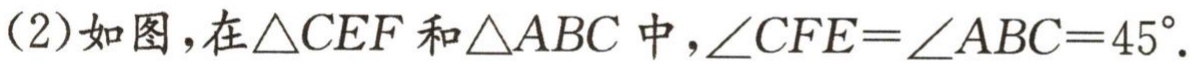
(2)如图，在$\triangle CEF$和$\triangle ABC$中，$\angle CFE = \angle ABC = 45^{\circ}$.